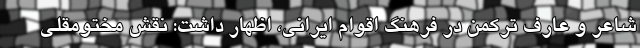
شاعر و عارف ترکمن در فرهنگ اقوام ایرانی، اظهار داشت: نقش مختومقلی